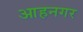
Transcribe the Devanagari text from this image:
आहनगर